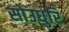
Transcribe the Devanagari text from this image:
सोउधुरि